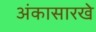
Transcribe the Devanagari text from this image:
अंकासारखे